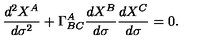
\frac { d ^ { 2 } X ^ { A } } { d \sigma ^ { 2 } } + \Gamma _ { B C } ^ { A } \frac { d X ^ { B } } { d \sigma } \frac { d X ^ { C } } { d \sigma } = 0 .